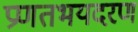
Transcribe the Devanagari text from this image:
प्रणतभयदरण